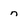
Character: n